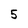
Character: 5